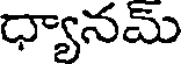
ధ్యానమ్